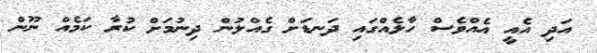
އަދި އެއީ އެއްވެސް ހާލެއްގައި ދަނޑަށް ގެއްލުން ދިނުމަށް ކުރާ ކަމެއް ނޫން